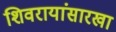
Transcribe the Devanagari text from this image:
शिवरायांसारखा